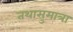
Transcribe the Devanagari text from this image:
तथासुमात्रा